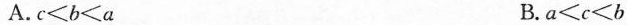
A.c<b<a B.a<c<b